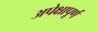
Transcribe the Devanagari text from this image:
अपेक्षापूर्ण